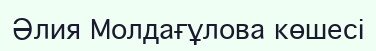
Әлия Молдағұлова көшесі